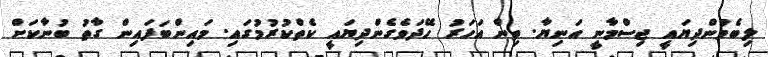
ލިބެމުންދިޔައީ ޖިސްމާނީ އަނިޔާ. ތިން އަހަރު ހޭދަވެގެންދިޔައީ ކެތްކުރުމުގައި. މައިންބަފައިން ގާތު ބުނާކަށް